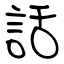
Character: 話